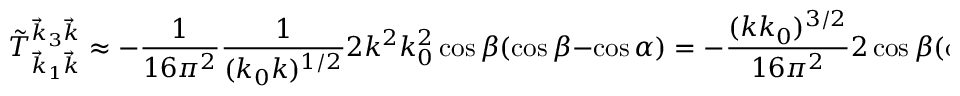
\tilde { T } _ { \vec { k } _ { 1 } \vec { k } } ^ { \vec { k } _ { 3 } \vec { k } } \approx - \frac { 1 } { 1 6 \pi ^ { 2 } } \frac { 1 } { ( k _ { 0 } k ) ^ { 1 / 2 } } 2 k ^ { 2 } k _ { 0 } ^ { 2 } \cos \beta ( \cos \beta - \cos \alpha ) = - \frac { ( k k _ { 0 } ) ^ { 3 / 2 } } { 1 6 \pi ^ { 2 } } 2 \cos \beta ( \cos \beta - \cos \alpha ) .